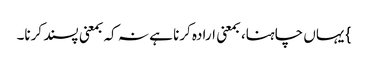
} یہاں چاہنا، بمعنی ارادہ کرنا ہے نہ کہ بمعنی پسند کرنا۔